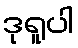
ဒုရူပါ